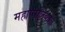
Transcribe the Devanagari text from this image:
महापालिकांत